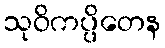
သုဝိကပ္ပိတေန